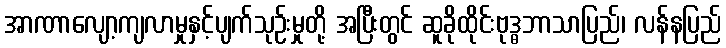
အာဏာလျော့ကျလာမှုနှင့်ပျက်သုဉ်းမှုတို့ အပြီးတွင် ဆူခိုထိုင်းဗုဒ္ဓဘာသာပြည်၊ လန်နပြည်